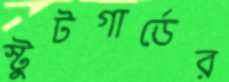
স্টুটগার্ডের